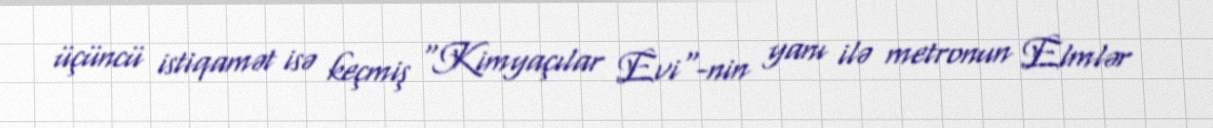
üçüncü istiqamət isə keçmiş "Kimyaçılar Evi"-nin yanı ilə metronun Elmlər